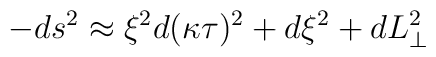
-ds^2\approx  \xi^2 d(\kappa\tau)^2 + d\xi^2 + dL^2_\perp